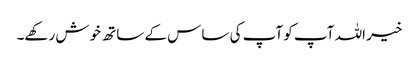
خیر اللہ آپ کو آپ کی ساس کے ساتھ خوش رکھے۔